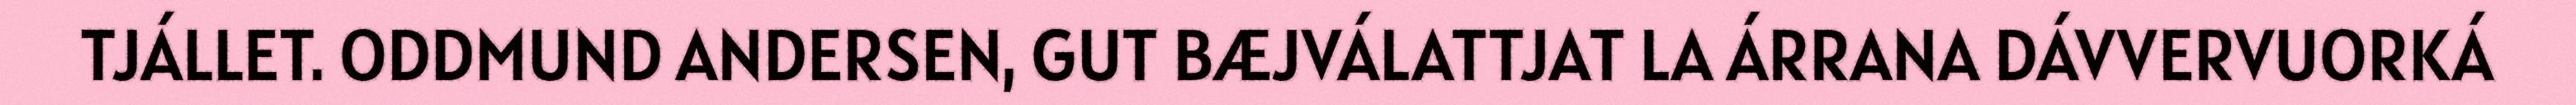
TJÁLLET. ODDMUND ANDERSEN, GUT BÆJVÁLATTJAT LA ÁRRANA DÁVVERVUORKÁ